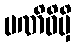
ပဏိဓိမှိ